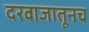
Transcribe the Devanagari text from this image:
दरवाजातूनच